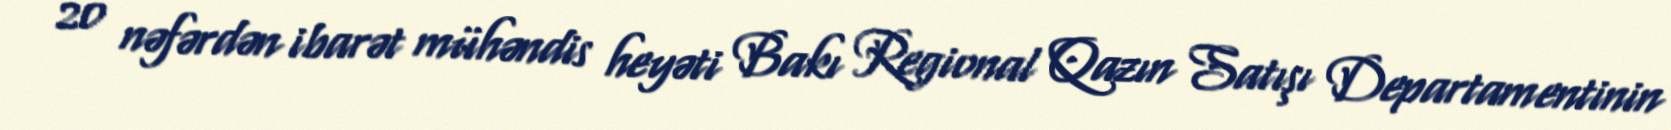
20 nəfərdən ibarət mühəndis heyəti Bakı Regional Qazın Satışı Departamentinin